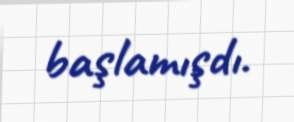
başlamışdı.